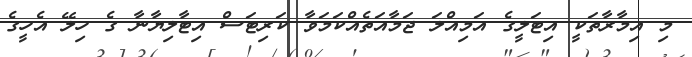
މި އިމާރާތަކީ އިޓަލީގެ އަމިއްލަ ޖަމާއަތެއްކަމަވާ ކަރިޓަސް އިޓާލިޔާނާ ގެ ހިލޭ އެހީގެ